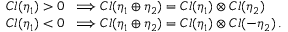
\begin{array} { l } { { C l ( \eta _ { 1 } ) > 0 \; \; \Longrightarrow C l ( \eta _ { 1 } \oplus \eta _ { 2 } ) = C l ( \eta _ { 1 } ) \otimes C l ( \eta _ { 2 } ) } } \\ { { C l ( \eta _ { 1 } ) < 0 \; \; \Longrightarrow C l ( \eta _ { 1 } \oplus \eta _ { 2 } ) = C l ( \eta _ { 1 } ) \otimes C l ( - \eta _ { 2 } ) \, . } } \end{array}